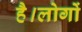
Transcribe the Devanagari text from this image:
है।लोगों